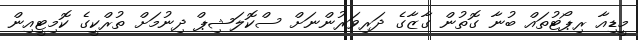
މީޑިއާ ރިޕޯޓުތައް ބުނާ ގޮތުން ގާޒާގެ ދަރިވަރުންނަށް ސްކޮލަޝިޕް ދިނުމަށް ތުރްކީގެ ކޮމިޓީއިން